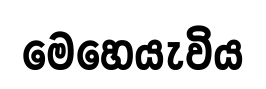
මෙහෙයැවිය